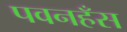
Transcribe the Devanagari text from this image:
पवनहँस